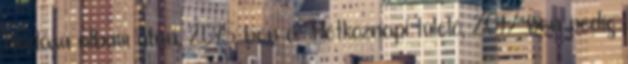
kiadású album után, 2015-ben a Hétköznapi túlélő, 2017-ben pedig